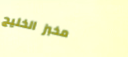
مخبز الخليج